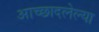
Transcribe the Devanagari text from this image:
आच्छादलेल्या